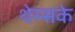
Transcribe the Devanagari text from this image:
थेम्सके